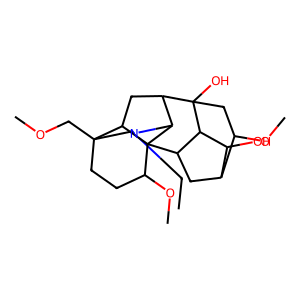
SMILES: CCN1CC2(COC)CCC(OC)C34C5CC6C(OC)CC(O)(C(CC23)C14)C5C6O
Inhibits HIV replication: No